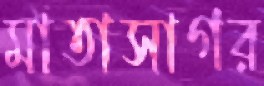
মাতাসাগর